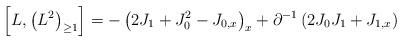
LaTeX: \begin{align*}\left[ L , \left(L^{2}\right)_{\geq 1} \right] = - \left(2J_{1} +J_{0}^{2} - J_{0,x}\right)_{x} + \partial^{-1} \left(2J_{0}J_{1} +J_{1,x}\right)\end{align*}